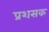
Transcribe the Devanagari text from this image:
प्रशसक